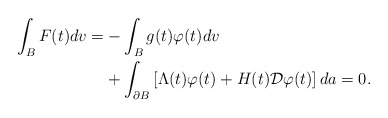
\begin{align*}\begin{aligned}\int_{B}F(t)dv= & -\int_{B}g(t)\varphi(t)dv\\ & +\int_{\partial B}\left[\Lambda(t)\varphi(t)+H(t)\mathcal{D}\varphi(t)\right]da=0.\end{aligned}\end{align*}